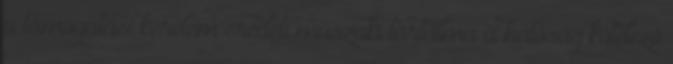
a támogatási kérelem eredeti műszaki tartalma a hatóság kötelező